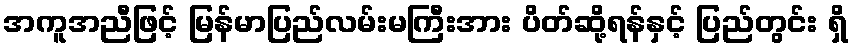
အကူအညီဖြင့် မြန်မာပြည်လမ်းမကြီးအား ပိတ်ဆို့ရန်နှင့် ပြည်တွင်း ရှိ